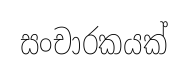
සංචාරකයක්